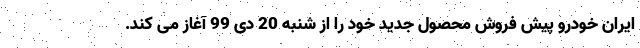
ایران خودرو پیش فروش محصول جدید خود را از شنبه 20 دی 99 آغاز می کند.